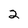
Character: 2